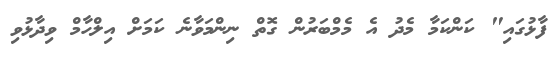
ފާޅުގައި" ކަންކަމާ މެދު އެ މެމްބަރުން ގޮތް ނިންމަވާނެ ކަމަށް އިލްހާމް ވިދާޅުވި